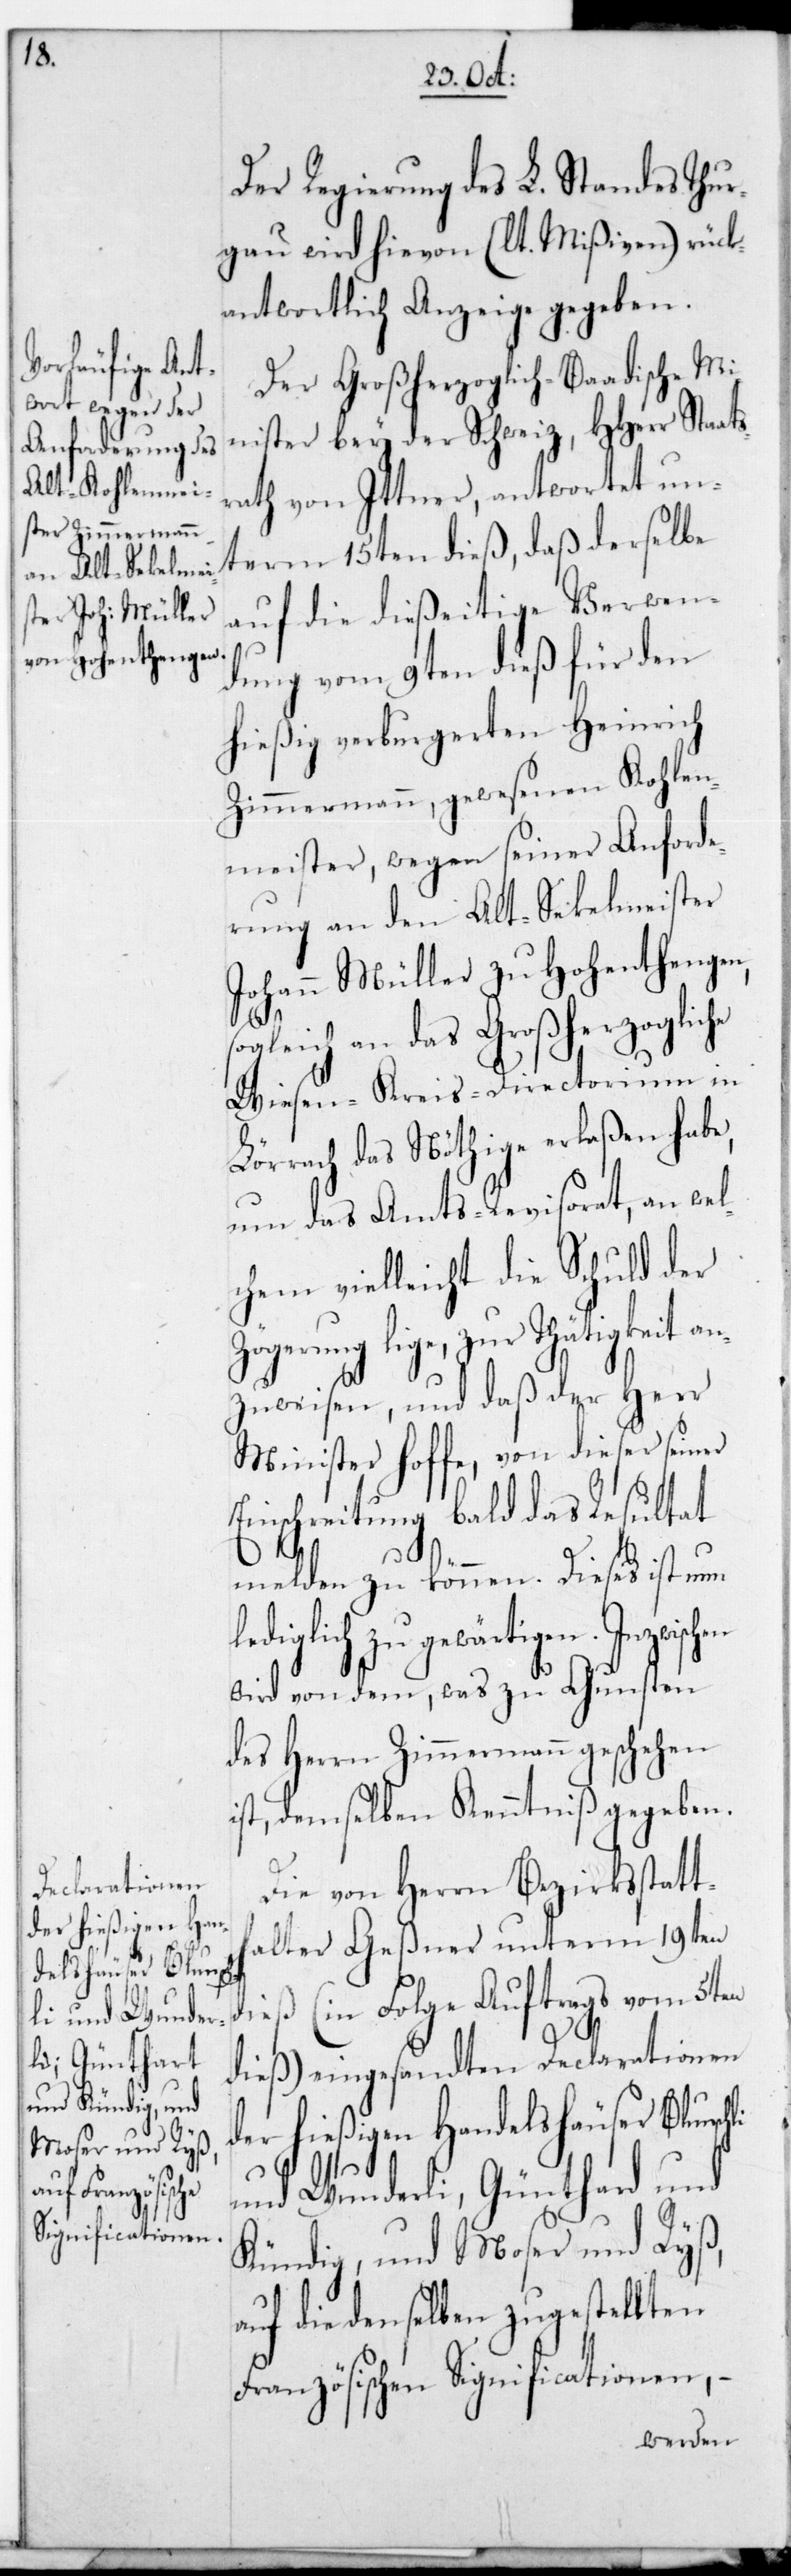
der hießigen Han¬
delshäuser Blunsch¬
li und Wunder¬
li, Günthard
und Kündig, und
Moser und Ryß,

Der Regierung des L. Standes Thur¬
gau wird hievon (lt. Mißiven) rück¬
antwortlich Anzeige gegeben.
Der Großherzoglich-Baadische Mi¬
nister bey der Schweiz, HHerr Staats¬
rath von Ittner, antwortet un¬
term 15ten dieß, daß derselbe
auf die dießeitige Verwen¬
dung vom 9ten dieß für den
hießig verburgerten Heinrich
Zimmermann, gewesenen Kohlen¬
meister, wegen seiner Anforde¬
rung an den Alt-Sekelmeister
Johann Müller zu Hohenthengen,
ogleich an das Großherzogliche
Wiesen-Kreis-Directorium in
Lörrach das Nöthige erlaßen habe,
um das Amts-Revisorat, an wel¬
chem vielleicht die Schuld der
Zögerung lige, zur thätigkeit an¬
zuweisen, und daß der Herr
Minister hoffe, von dieser seiner
Einschreitung bald das Resultat
en
melden zu können. Dieses ist nun
ediglich zu gewärtigen. Inzwisch¬
wird von dem, was zu Gunsten
des Herrn Zimmermann geschehen
ist, demselben Kenntniß gegeben.
Die von Herrn Bezirksstatth¬
alter Geßner unterm 19ten
dieß (in Folge Auftrags vom 5ten
dieß) eingesandten Declarationen
auf die denselben zugestellten
Französischen Significationen, –